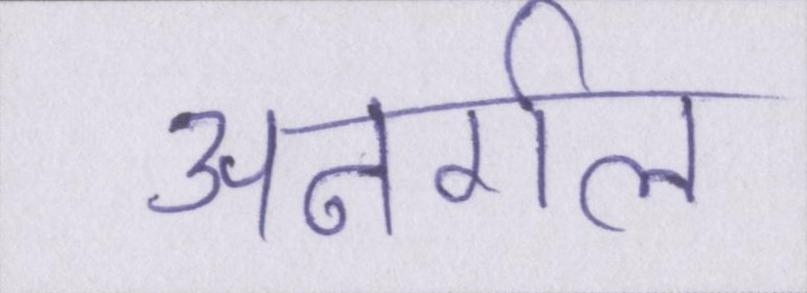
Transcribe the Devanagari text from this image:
अनर्गल